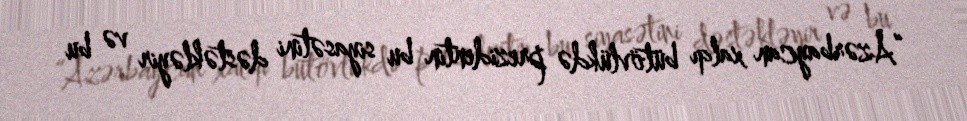
“Azərbaycan xalqı bütövlükdə prezidentin bu siyasətini dəstəkləyir və bu